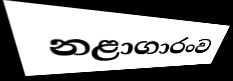
නළාගාරංව